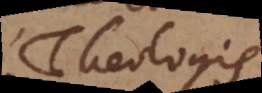
Theologis